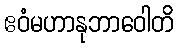
ဧဝံမဟာနုဘာဝေါတိ